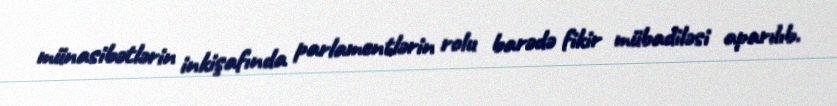
münasibətlərin inkişafında parlamentlərin rolu barədə fikir mübadiləsi aparılıb.